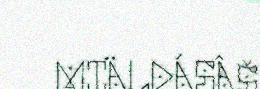
MIÄLDÁSÂŠ.